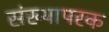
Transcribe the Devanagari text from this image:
संख्यापरक